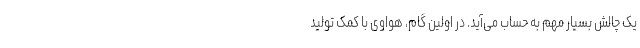
یک چالش بسیار مهم به حساب می‌آید. در اولین گام، هواوی با کمک تولید